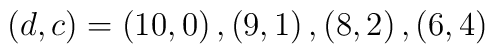
\left( d,c\right) =\left( 10,0\right) ,\left( 9,1\right) ,\left( 8,2\right),\left( 6,4\right)